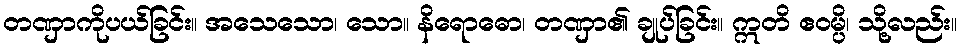
တဏှာကိုပယ်ခြင်း။ အသေသော၊ သော။ နိရောဓော၊ တဏှာ၏ ချုပ်ခြင်း။ ဣတိ ဧဝမ္ပိ၊ သို့လည်း။